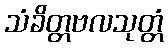
သံခိတ္တဗလသုတ္တံ